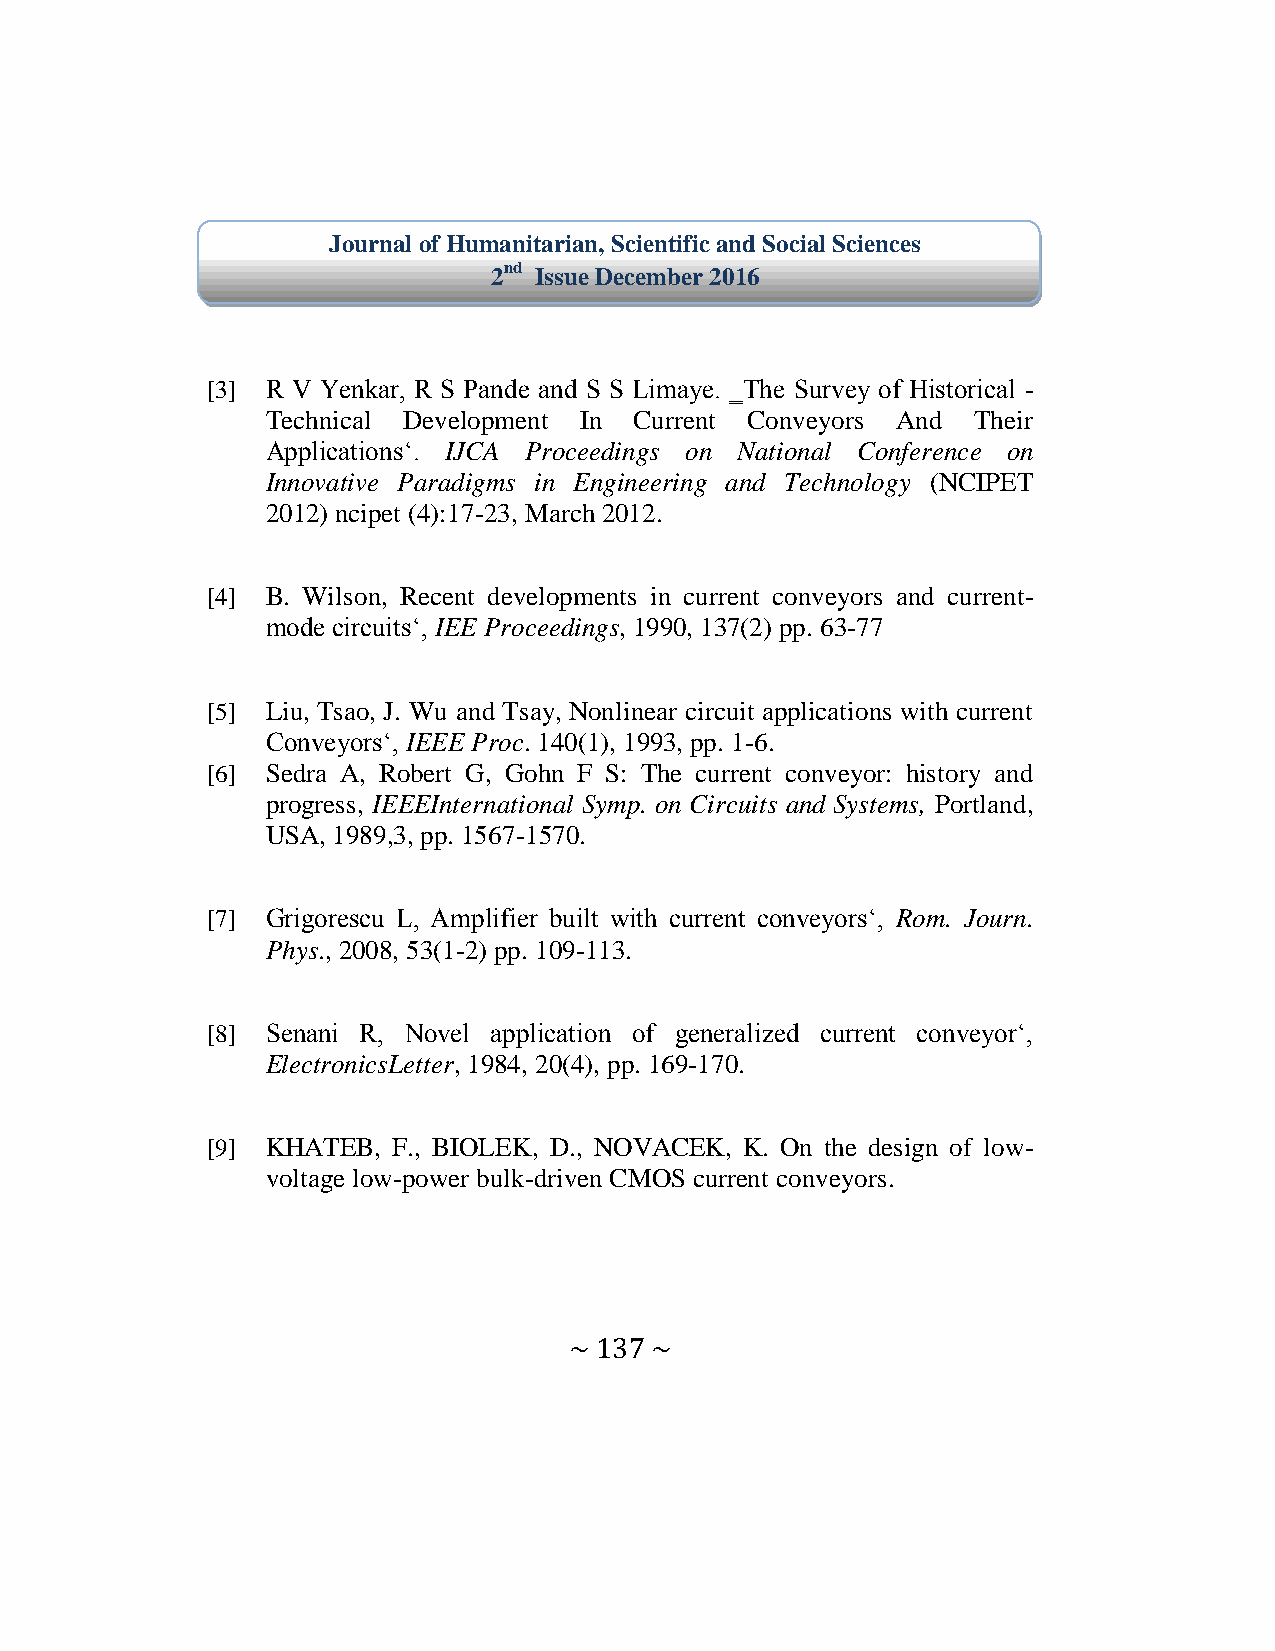
Journal of Humanitarian, Scientific and Social Sciences
 2nd Issue December 2016
 [3] R V enkar R S ande and S S Limaye. ‗The Survey of Historical -
 Technical Development In Current Conveyors And Their
 Applications‘. IJCA Proceedings on National Conference on
 Innovative Paradigms in Engineering and Technology (NCIPET
 2012) ncipet (4):17-23, March 2012.
 [4] B. Wilson, Recent developments in current conveyors and current-
 mode circuits‘ IEE Proceedings, 1990, 137(2) pp. 63-77
 [5] Liu, Tsao, J. Wu and Tsay, Nonlinear circuit applications with current
 Conveyors‘ IEEE Proc. 140(1), 1993, pp. 1-6.
 [6] Sedra A, Robert G, Gohn F S: The current conveyor: history and
 progress, IEEEInternational Symp. on Circuits and Systems, Portland,
 USA, 1989,3, pp. 1567-1570.
 [7] Grigorescu L Amplifier built with current conveyors‘ Rom. Journ.
 Phys., 2008, 53(1-2) pp. 109-113.
 [8] Senani R Novel application of generalized current conveyor‘
 ElectronicsLetter, 1984, 20(4), pp. 169-170.
 [9] KHATEB, F., BIOLEK, D., NOVACEK, K. On the design of low-
 voltage low-power bulk-driven CMOS current conveyors.
 ~ 137 ~